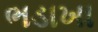
ભડાખા